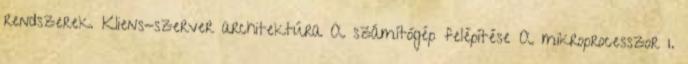
rendszerek. Kliens-szerver architektúra A számítógép felépítése A mikroprocesszor 1.